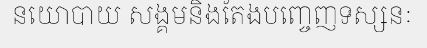
នយោបាយ សង្គមនិងតែងបញ្ចេញទស្សនៈ